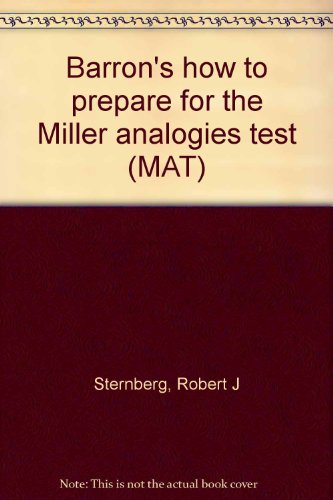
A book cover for Barron's how to prepare for the Miller analogies test (MAT); Robert J Sternberg; Test Preparation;